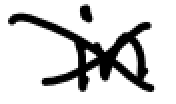
Text: in
Cross-out: cross
Writing tool: digital_black